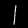
Digit: 1